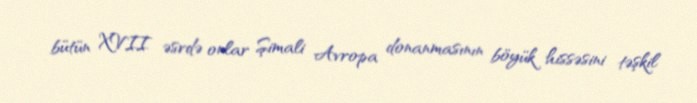
bütün XVII əsrdə onlar Şimali Avropa donanmasının böyük hissəsini təşkil